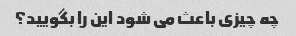
چه چیزی باعث می شود این را بگویید؟